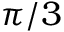
\pi / 3